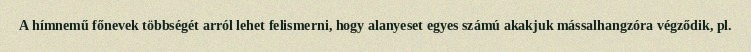
A hímnemű főnevek többségét arról lehet felismerni, hogy alanyeset egyes számú akakjuk mássalhangzóra végződik, pl.